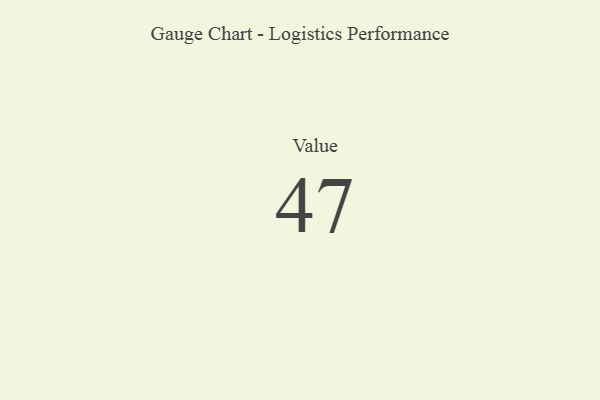
{"axis": {"x": "Metric", "y": "Value"}, "legend": [""], "data": [{"x": "Value", "y": 47, "type": ""}]}